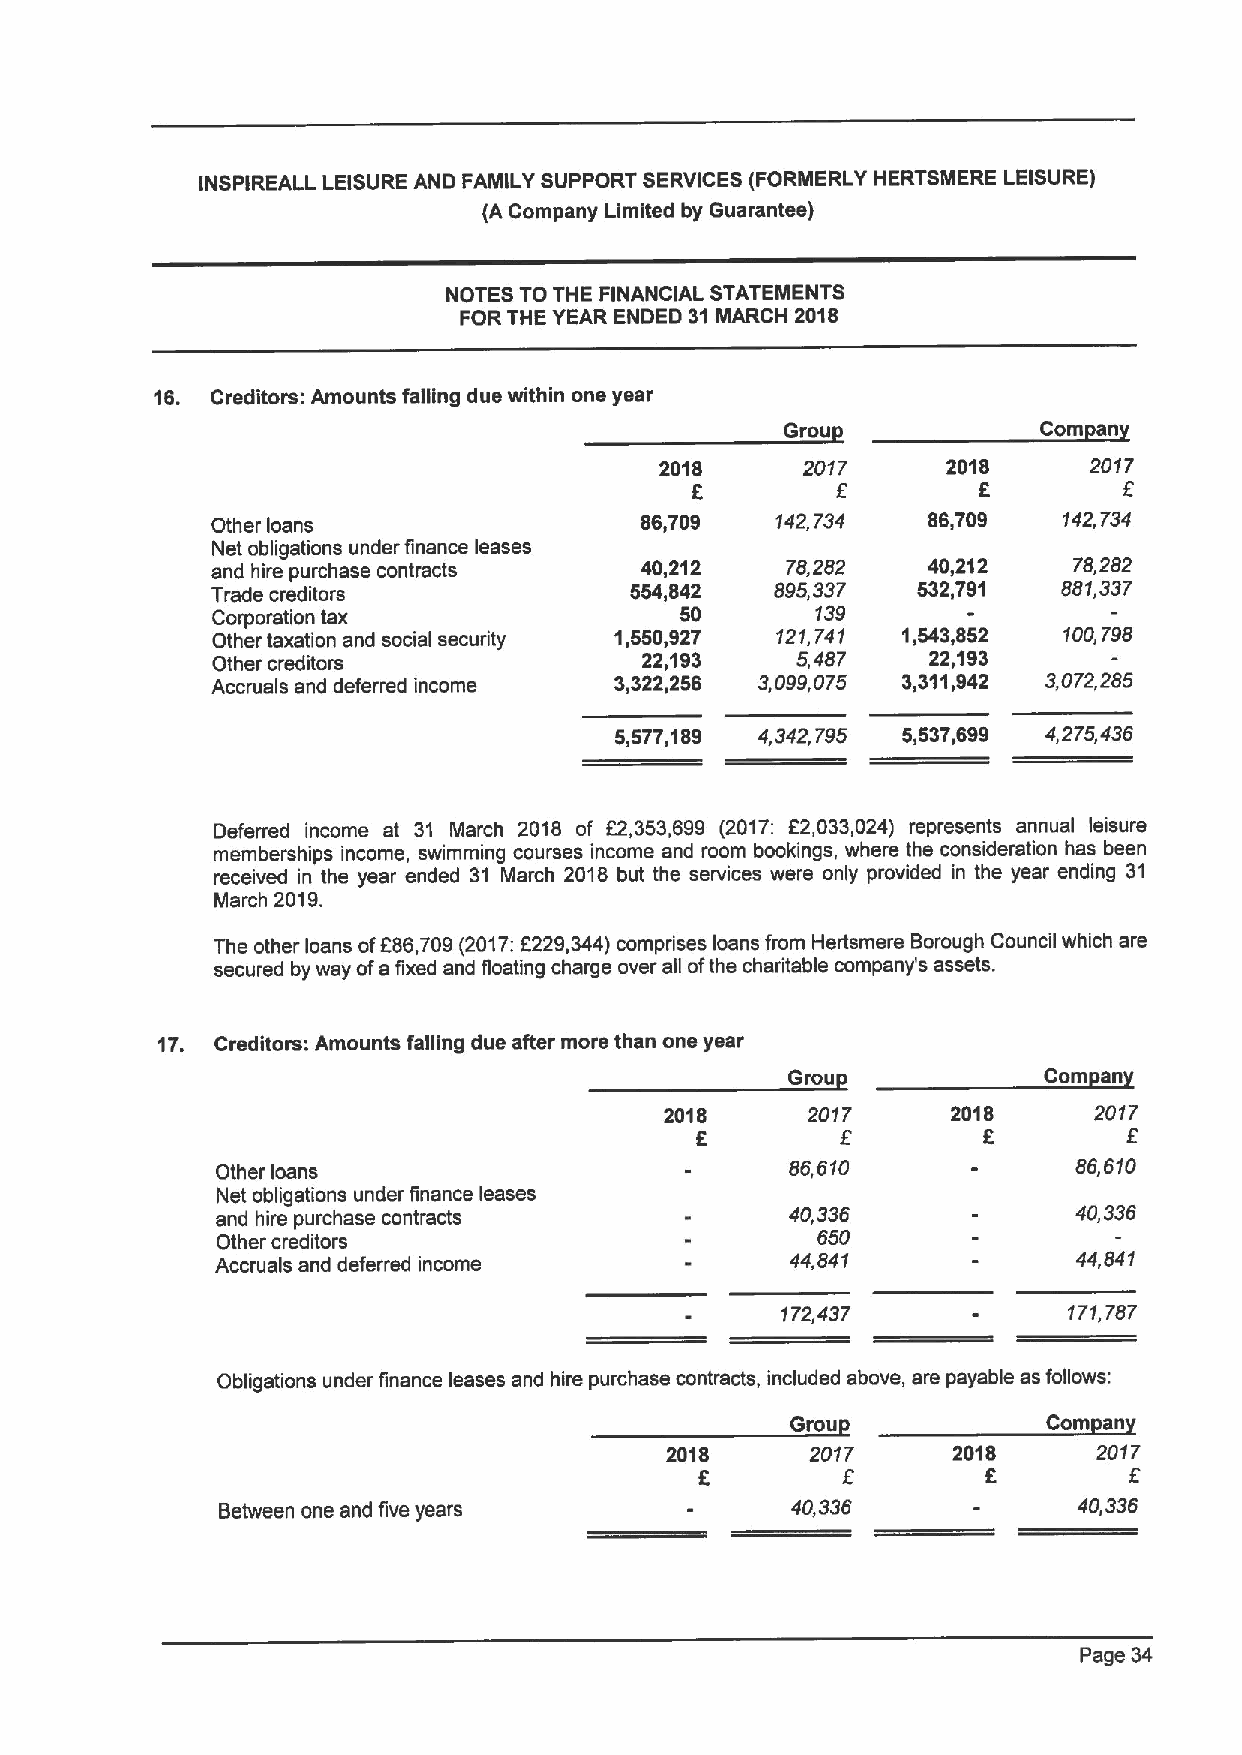
INSPIREALL LEISURE AND FAMILY SUPPORT SERVICES (FORMERLY HERTSMERE LEISURE)
 (A Company Limited by Guarantee)
 NOTES TO THE FINANCIAL STATENIENTS
 FOR THE YEAR ENDED 31MARCH 2018
 16. Creditors: Amounts falling due within one year
 Grou             Com an
 2018     2017      2018     2017
 8                  8
 Other loans                 86,709   142,734   86,709   142,734
 Net obligations under finance leases
 and hire purchase contracts 40,212    78,282   40,212    78,282
 Trade creditors             554,842  895,337   532,791  881,337
 Corporation tax                50       139
 Other taxation and social security 1,550,927 121,741 1,543,852 100,798
 Other creditors              22,193    5,487    22,193
 Accruals and deferred income 3,322,256 3,099,075 3,311,942 3,072,285
 5,577,189 4,342,795 5,537,699 4,275,43S
 Deferred income at 31 March 2018 of 82,353,699 (2017: E2,033,024) represents annual leisure
 memberships income, swimming courses income and room bookings, where the consideration has been
 received in the year ended 31 March 2018 but the services were only provided in the year ending 31
 March 2019.
 The other loans ofF86,709(2017:F229,344)comprises loans from Hertsmere Borough Council which are
 secured by way ofa fixed and floating charge over all ofthe charitable company's assets.
 17. Creditors: Amounts falling due after more than one year
 Grou             Com an
 2018     2017      2018     2017
 f
 8         E
 Other loans
 86,610             8S,S10
 Net obligations under finance leases
 and hire purchase contracts           40,336             40,336
 Other creditors                         650
 Accruals and deferred income          44,841             44,841
 172,437            171,787
 Obligations under finance leases and hire purchase contracts, included above, are payable as follows:
 Grou             Com an
 2018      2017     2018      2017
 8
 Between one and five years            40,336             40,336
 Page 34